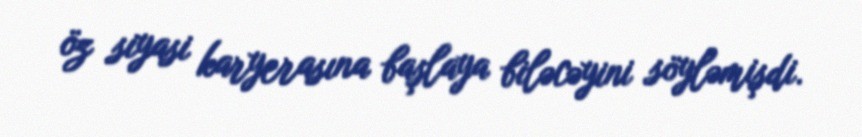
öz siyasi karyerasına başlaya biləcəyini söyləmişdi.